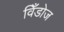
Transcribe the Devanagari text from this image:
विँडोज